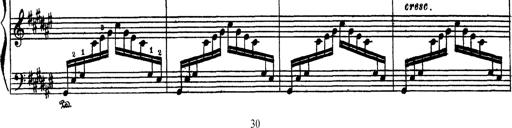
Title: AnnÃ©es de PÃ¨lerinage III
Composer: Franz Liszt